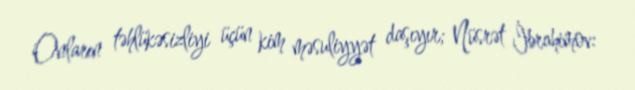
Onların təhlükəsizliyi üçün kim məsuliyyət daşıyır; Nüsrət İbrahimov: